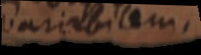
variabilem